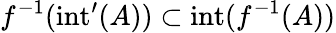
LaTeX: f^{-1}(\operatorname{int}^{\prime}(A))\subset\operatorname{int}(f^{-1}(A))